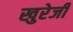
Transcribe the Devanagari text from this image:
खुरेजी